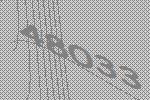
48033